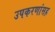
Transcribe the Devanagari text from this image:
उपकरणांसह